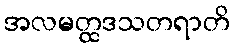
အလမတ္ထဒသတရာတိ